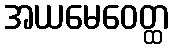
အယမေဝေတ္ထ